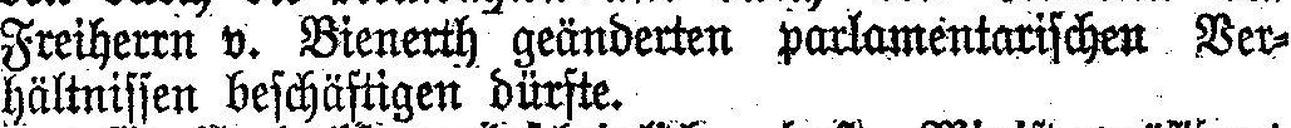
Freiherrn v. Bienerth geänderten parlamentarischen Ver¬